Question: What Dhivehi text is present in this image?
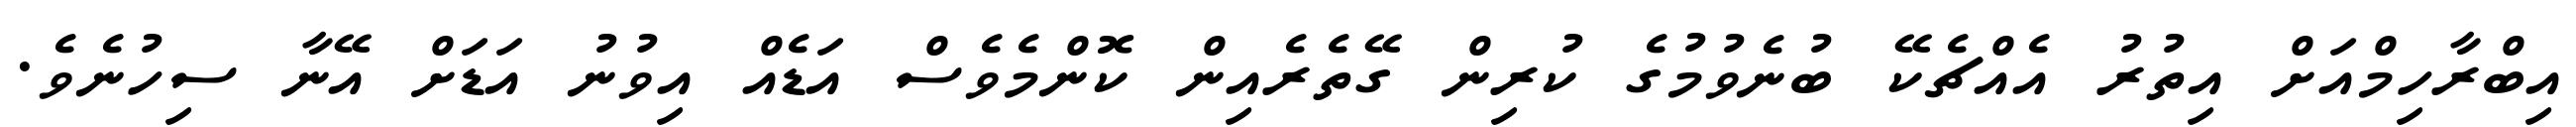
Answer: އިބްރާހިމްއަށް އިތުރު އެއްޗެކޭ ބުނެވުމުގެ ކުރިން ގޭތެރެއިން ކޮންމެވެސް އަޑެއް އިވުނު އަޑަށް އޭނާ ސިހުނެވެ.